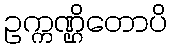
ဥက္ကဏ္ဌိတောပိ